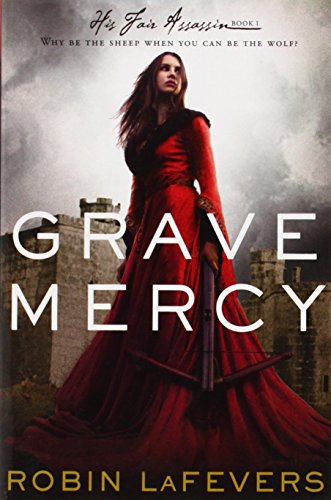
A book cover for Grave Mercy: His Fair Assassin, Book I (His Fair Assassin Trilogy); Robin LaFevers; Teen & Young Adult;